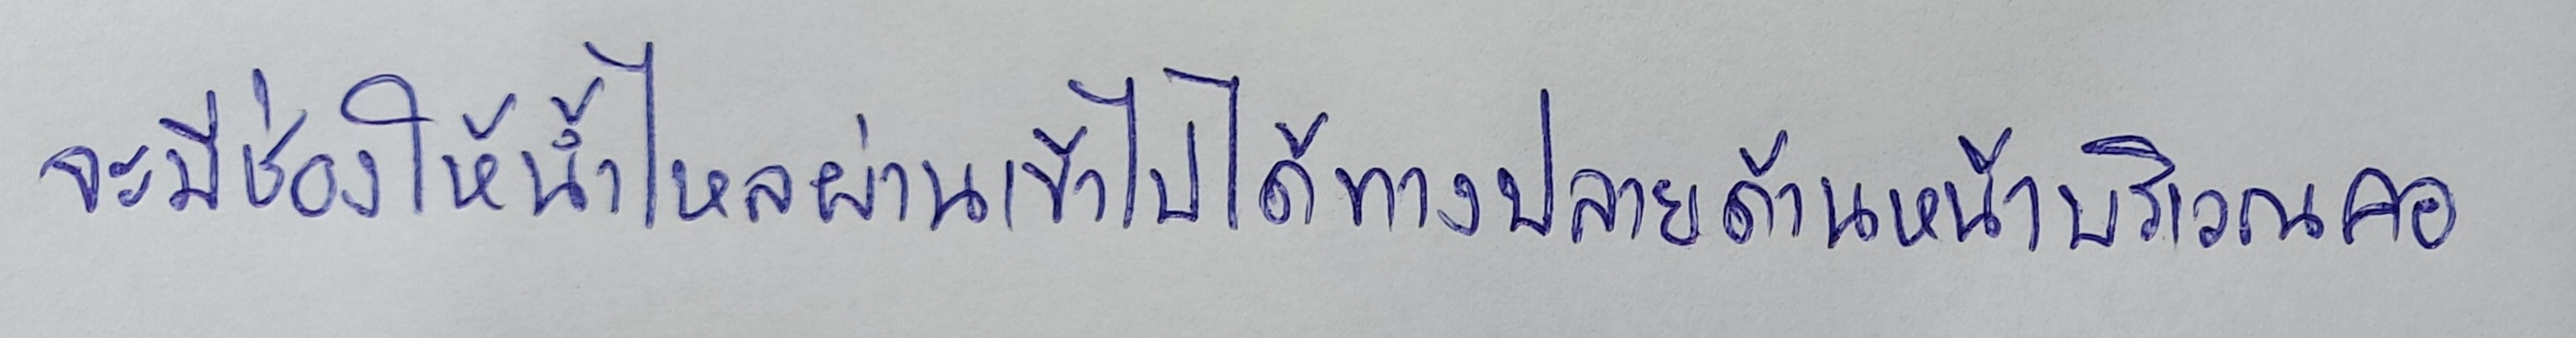
จะมีช่องให้น้ำไหลผ่านเข้าไปได้ทางปลายด้านหน้าบริเวณคอ